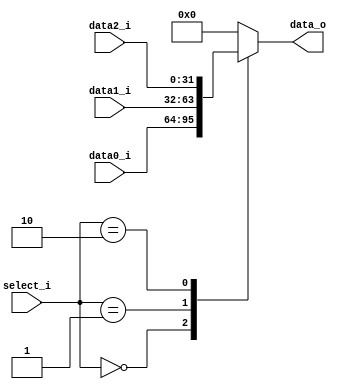
/***************************************************
Student Name:_
Student ID: group10_0711099_0810749
***************************************************/

`timescale 1ns/1ps

module MUX_3to1(
	input   	[32-1:0] data0_i,       
	input   	[32-1:0] data1_i,
	input   	[32-1:0] data2_i,
	input       [ 2-1:0] select_i,
	output wire [32-1:0] data_o
               );			   

reg[31:0] result;
assign data_o = result;

always @(*) begin
	case (select_i)
		2'b00: begin
			result = data0_i;
		end
		2'b01: begin
			result = data1_i;
		end
		2'b10: begin
			result = data2_i;
		end
		default: begin
			result = 0;
		end
	endcase
end

endmodule